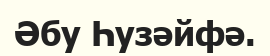
Әбу Һузәйфә.